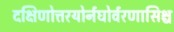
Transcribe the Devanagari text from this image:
दक्षिणोत्तरयोर्नघोर्वरणासिश्च